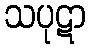
သပုဋာ